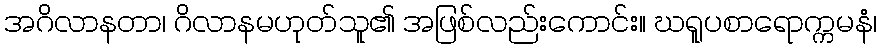
အဂိလာနတာ၊ ဂိလာနမဟုတ်သူ၏ အဖြစ်လည်းကောင်း။ ဃရူပစာရောက္ကမနံ၊